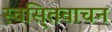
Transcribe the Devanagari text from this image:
स्वसि्तवाचन